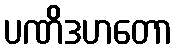
ပဏိဒဟတော